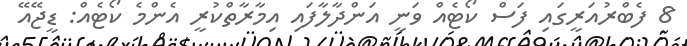
8 ފެބްރުއަރީގައި ފަސް ކޯޓެއް ވަނީ އަންދާލާފައި އިމާރާތްކުރީ އެންމެ ކޯޓެއް: ޑީޖޭއޭ